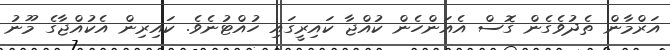
އަރްމާން ތެދުވެގެން ގޮސް އެއަންހެން ކުއްޖާ ކައިރީގައި ހުއްޓުނެވެ. ކައިރިން އެކުއްޖާގެ މޫނު